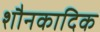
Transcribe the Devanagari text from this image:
शौनकादिक